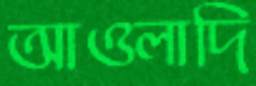
আওলাদি